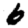
Digit: 6